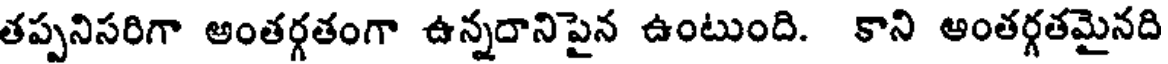
తప్పనిసరిగా అంతర్గతంగా ఉన్నదానిపైన ఉంటుంది. కాని ఆంతర్గతమైనది